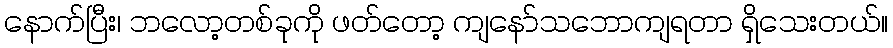
နောက်ပြီး၊ ဘလော့တစ်ခုကို ဖတ်တော့ ကျနော်သဘောကျရတာ ရှိသေးတယ်။